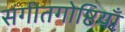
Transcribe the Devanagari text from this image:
संगीतगोष्ठियाँ